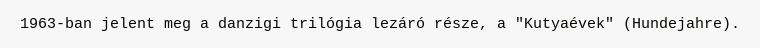
1963-ban jelent meg a danzigi trilógia lezáró része, a "Kutyaévek" (Hundejahre).